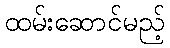
ထမ်းဆောင်မည့်